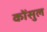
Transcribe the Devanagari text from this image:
कोंसुल